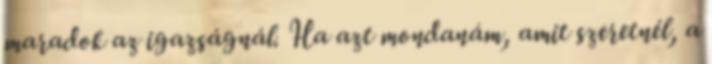
maradok az igazságnál. Ha azt mondanám, amit szeretnél, a